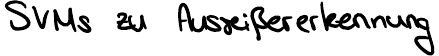
SVMs zu Ausreißererkennung